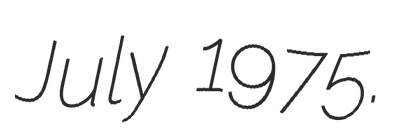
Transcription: July 1975.